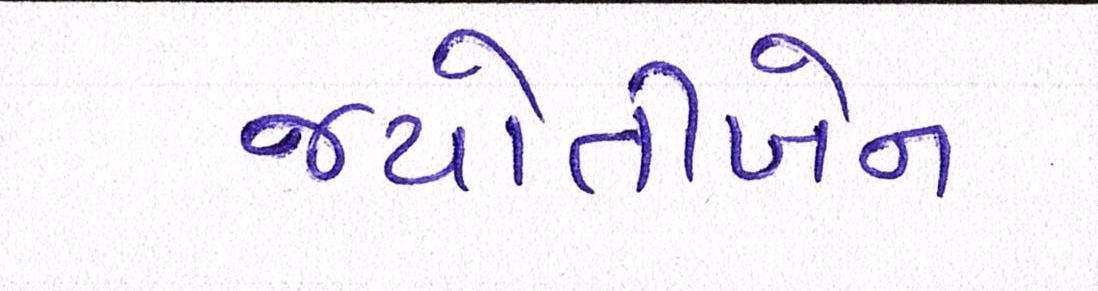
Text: જયોતીબેન